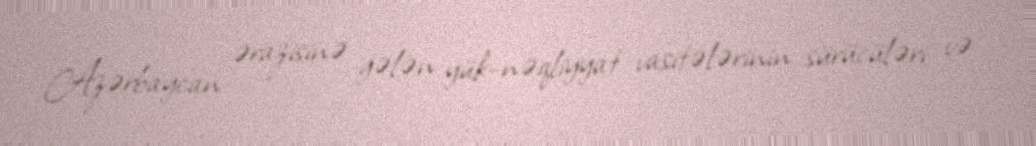
Azərbaycan ərazisinə gələn yük-nəqliyyat vasitələrinin sürücüləri və